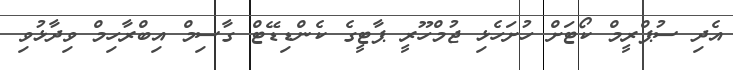
އެދި ސުޕްރީމް ކޯޓަށް ހުށަހެޅި ޖުމްހޫރީ ޕާޓީގެ ކެންޑިޑޭޓް ގާސިމް އިބްރާހިމް ވިދާޅުވި